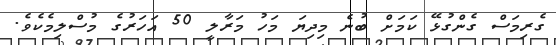
ގެރިމަސް ގެންގުޅޭ ކަމަށް ބުނެ މިދިޔަ މަހު މަރާލީ 50 އަހަރުގެ މުސްލިމެކެވެ.